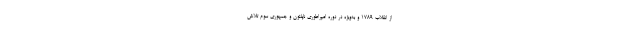
از انقلاب ۱۷۸۹ و به‌ویژه در دوره امپراطوری ناپلئون و جمهوری سوم تلاش